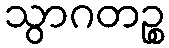
သွာဂတဉ္စ